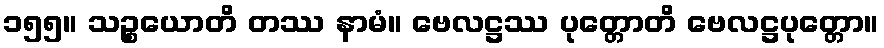
၁၅၅။ သဉ္စယောတိ တဿ နာမံ။ ဗေလဋ္ဌဿ ပုတ္တောတိ ဗေလဋ္ဌပုတ္တော။